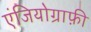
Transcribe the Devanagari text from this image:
एंजियोग्राफ़ी